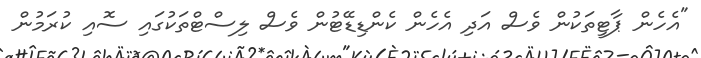
"އެހެން ޕާޓީތަކުން ވެސް އަދި އެހެން ކެންޑިޑޭޓުން ވެސް ލިސްޓްތަކުގައި ސޮއި ކުރަމުން